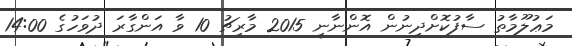
މަޢުލޫމާތު ސާފުކޮށްދިނުން އޮންނާނީ 2015 މާރިޗު 10 ވާ އަންގާރަ ދުވަހުގެ 14:00